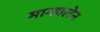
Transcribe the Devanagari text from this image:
माग्डालेन